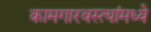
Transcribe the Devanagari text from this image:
कामगारवस्त्यांमध्ये